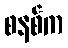
စနစ်က